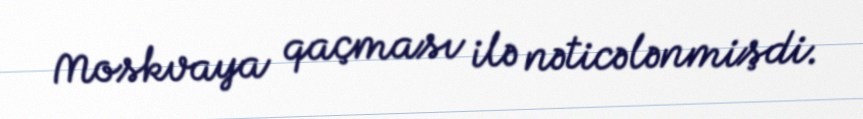
Moskvaya qaçması ilə nəticələnmişdi.